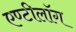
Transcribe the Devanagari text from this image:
एण्टीलॉग